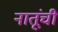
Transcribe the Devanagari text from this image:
नातूंची